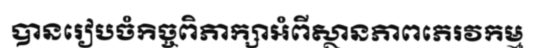
បានរៀបចំកិច្ចពិភាក្សាអំពីស្ថានភាពភេរវកម្ម